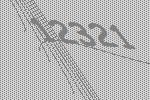
12321